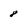
Character: 8